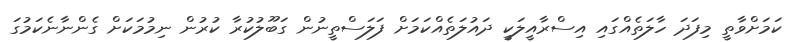
ކަމަށްވާތީ މިފަދަ ހާލަތެއްގައި އިސްރާއީލަކީ ދައުލަތެއްކަމަށް ފަލަސްތީނުން ގަބޫލުކުރާ ކުރުން ނިމުމަކަށް ގެންނާނެކަމުގަ